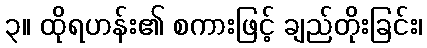
၃။ ထိုရဟန်း၏ စကားဖြင့် ချည်တိုးခြင်း၊